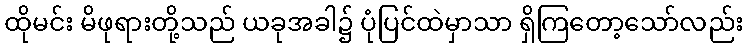
ထိုမင်း မိဖုရားတို့သည် ယခုအခါ၌ ပုံပြင်ထဲမှာသာ ရှိကြတော့သော်လည်း